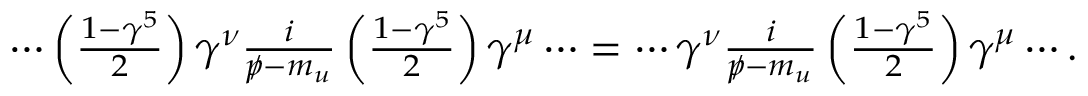
\begin{array} { r } { \cdots \left( \frac { 1 - \gamma ^ { 5 } } { 2 } \right) \gamma ^ { \nu } \frac { i } { p \! \! \! / - m _ { u } } \left( \frac { 1 - \gamma ^ { 5 } } { 2 } \right) \gamma ^ { \mu } \cdots = \cdots \gamma ^ { \nu } \frac { i } { p \! \! \! / - m _ { u } } \left( \frac { 1 - \gamma ^ { 5 } } { 2 } \right) \gamma ^ { \mu } \cdots . } \end{array}